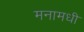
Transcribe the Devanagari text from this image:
मनामधी